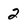
Character: 2